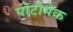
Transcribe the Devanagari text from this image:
पोटोमेक